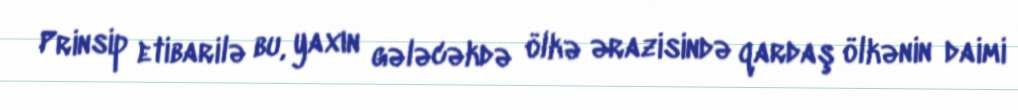
Prinsip etibarilə bu, yaxın gələcəkdə ölkə ərazisində qardaş ölkənin daimi